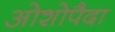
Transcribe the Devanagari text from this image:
ओशोपैदा